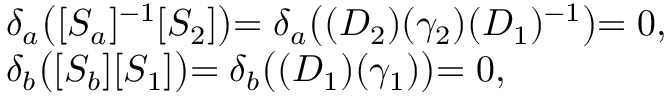
\left. \begin{array} { l } { { \delta _ { a } \bigl ( [ S _ { a } ] ^ { - 1 } [ S _ { 2 } ] \bigl ) = \delta _ { a } \bigl ( ( D _ { 2 } ) ( \gamma _ { 2 } ) ( D _ { 1 } ) ^ { - 1 } \bigl ) = 0 , } } \\ { { \delta _ { b } \bigl ( [ S _ { b } ] [ S _ { 1 } ] \bigl ) = \delta _ { b } \bigl ( ( D _ { 1 } ) ( \gamma _ { 1 } ) \bigl ) = 0 , } } \end{array} \right.